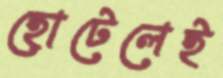
হোটেলেই